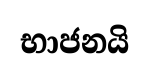
භාජනයි